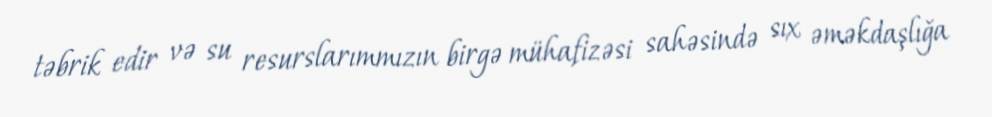
təbrik edir və su resurslarımmızın birgə mühafizəsi sahəsində sıx əməkdaşlığa